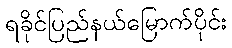
ရခိုင်ပြည်နယ်မြောက်ပိုင်း